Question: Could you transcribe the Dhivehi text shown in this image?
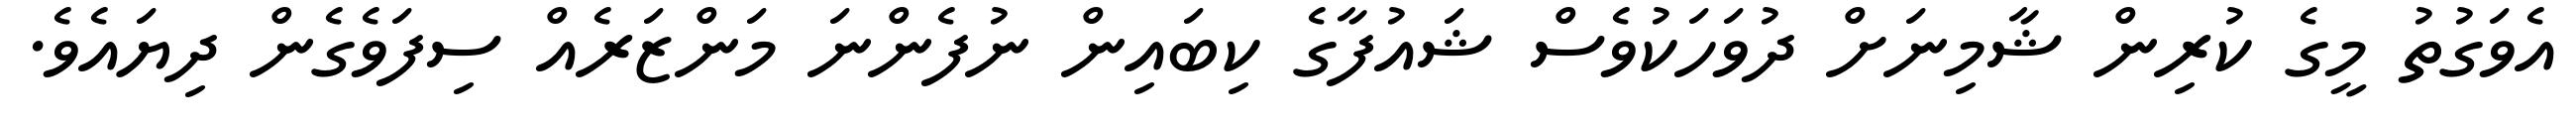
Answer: އެވަގުތު މީގެ ކުރިން ޝާމިނަށް ދުވަހަކުވެސް ޝައުފާގެ ކިބައިން ނުފެންނަ މަންޒަރެއް ސިފަވެގެން ދިޔައެވެ.